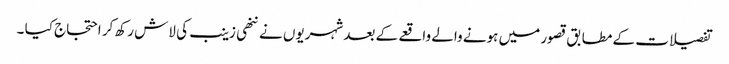
تفصیلات کے مطابق قصور میں ہونے والے واقعے کے بعد شہریوں نے ننھی زینب کی لاش رکھ کر احتجاج کیا ۔